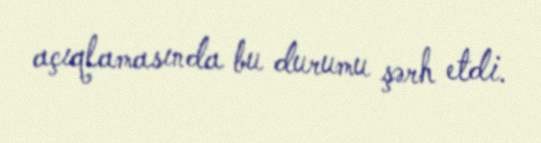
açıqlamasında bu durumu şərh etdi.